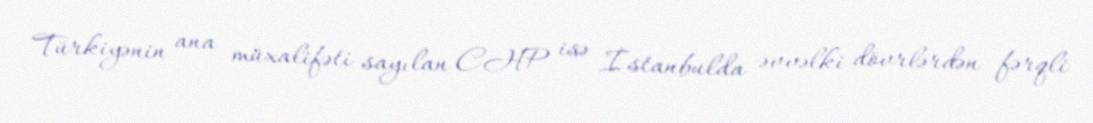
Türkiyənin ana müxalifəti sayılan CHP isə İstanbulda əvvəlki dövrlərdən fərqli